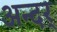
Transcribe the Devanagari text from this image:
अन्दर्